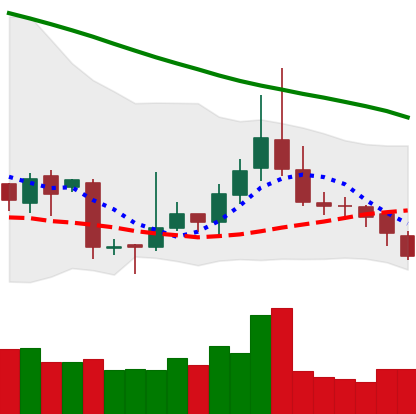
Ticker: TRX-USD
Chart end date: 2018-11-13
Forward return: -14.319%
Label: down_7plus